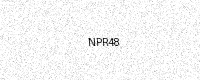
Text: NPR48